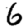
Digit: 6